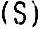
(S)